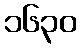
၁၆၃၀